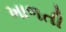
ખાળતી